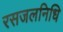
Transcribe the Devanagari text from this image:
रसजलनिधि